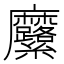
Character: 𮮍